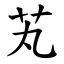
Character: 芄